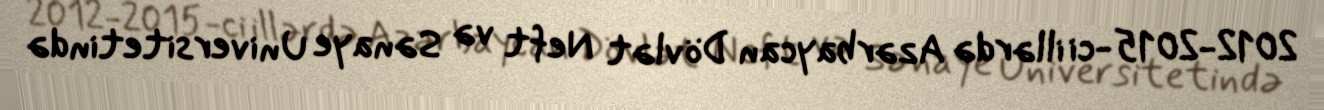
2012-2015-ci illərdə Azərbaycan Dövlət Neft və Sənaye Universitetində